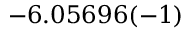
- 6 . 0 5 6 9 6 ( - 1 )